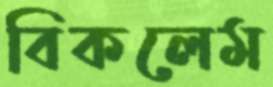
বিকলেম